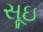
સૂઇ